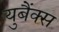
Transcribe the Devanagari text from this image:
युबैंक्स